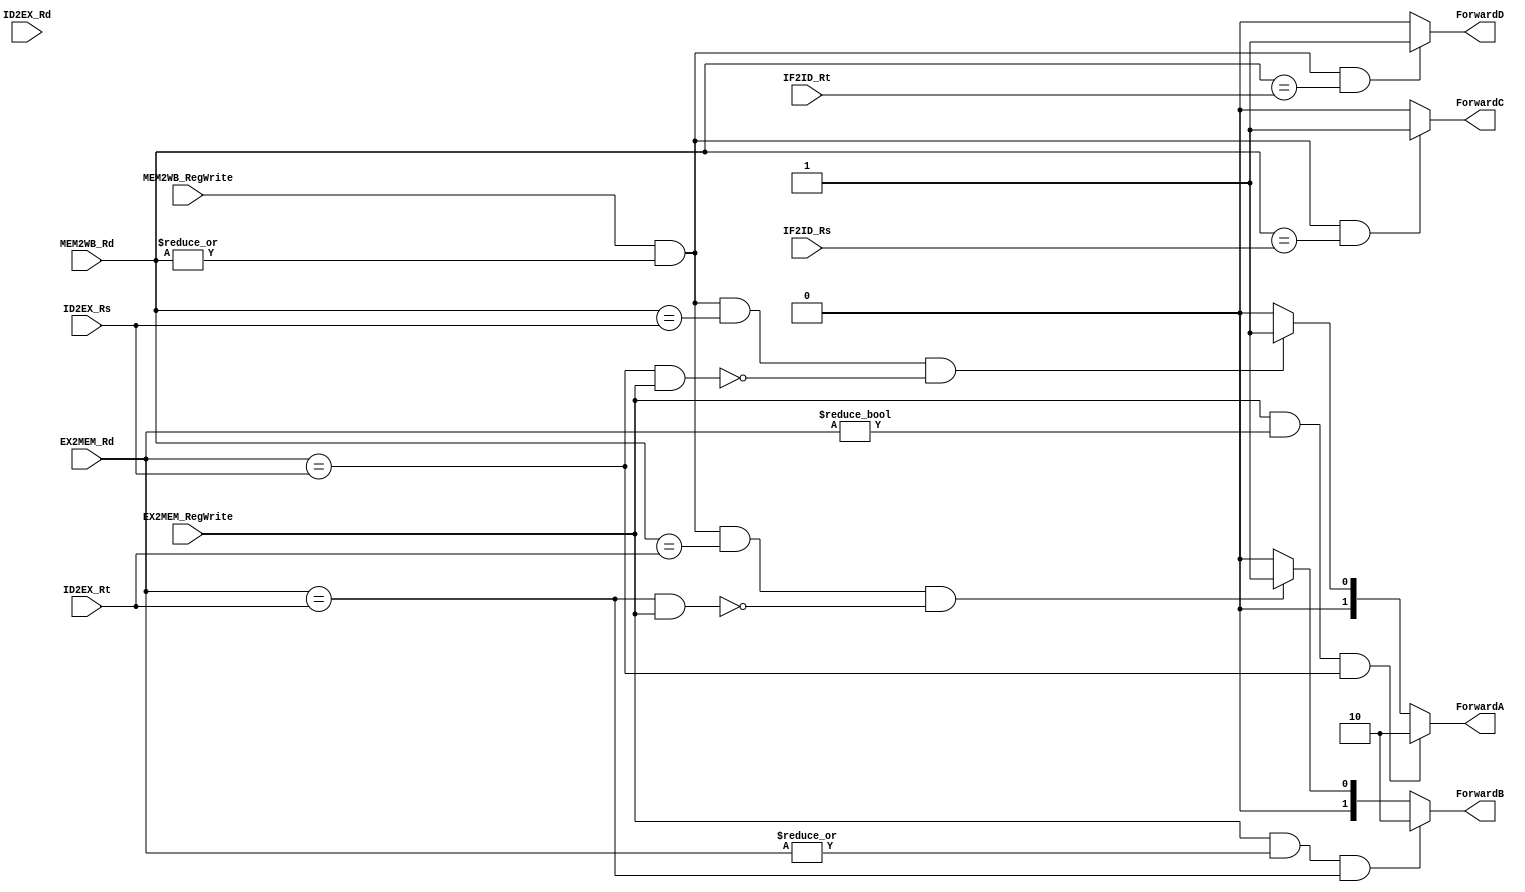
module Forward(
    input EX2MEM_RegWrite, 
    input MEM2WB_RegWrite, 
    input [4:0] EX2MEM_Rd,     // !!! AddrC i.e. EX2MEM_Rd
            MEM2WB_Rd,     // !!! AddrC i.e. MEM2WB_Rd
            ID2EX_Rs, 
            IF2ID_Rs, 
            ID2EX_Rt, 
            IF2ID_Rt, 
            ID2EX_Rd, 
    output reg[1:0] ForwardA,
        ForwardB, 
    output reg ForwardC, 
        ForwardD
);
    // ForwardX: 2->ALUOut, 1->wdata, 0->DataBusA
    //           2->last, 1->last last, 0->normal
    always @(*) begin
        if((EX2MEM_RegWrite)&&(EX2MEM_Rd!=5'h0)&&(EX2MEM_Rd==ID2EX_Rs))
            ForwardA <= 2'h2;
        else if( (MEM2WB_RegWrite) & (|MEM2WB_Rd) & (MEM2WB_Rd==ID2EX_Rs) & ~(EX2MEM_Rd==ID2EX_Rs&&EX2MEM_RegWrite))
            ForwardA <= 2'h1;
        else
            ForwardA <= 2'h0;
    end

    always @(*) begin
        if((EX2MEM_RegWrite)&(|EX2MEM_Rd)&(EX2MEM_Rd==ID2EX_Rt))
            ForwardB <= 2'h2;
        else if((MEM2WB_RegWrite) & (|MEM2WB_Rd) & (MEM2WB_Rd==ID2EX_Rt) & ~(EX2MEM_Rd==ID2EX_Rt&&EX2MEM_RegWrite)  )
            ForwardB <= 2'h1;
        else
            ForwardB <= 2'h0;
    end

    always @ (*)
        if(MEM2WB_RegWrite & (|MEM2WB_Rd) & (MEM2WB_Rd == IF2ID_Rs)) // Rd ie AddrC to be written
            ForwardC = 1'b1;
        else
            ForwardC = 1'b0;

    always @ (*)
        if(MEM2WB_RegWrite & (|MEM2WB_Rd) & (MEM2WB_Rd == IF2ID_Rt)) // Rd ie AddrC to be written
            ForwardD = 1'b1;
        else
            ForwardD = 1'b0;
endmodule